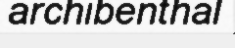
archibenthal